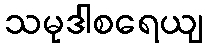
သမုဒါစရေယျ